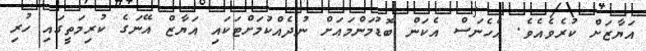
އަޔާޒަށް ކުރެވެއެވެ. އެހެނަސް އެކަން ބޮޑުމަންމައަށް ނުދެއްކުމަށްޓަކައި އަޔާޒް އޭނަގެ ކުރިމަތީގައި ހުރި